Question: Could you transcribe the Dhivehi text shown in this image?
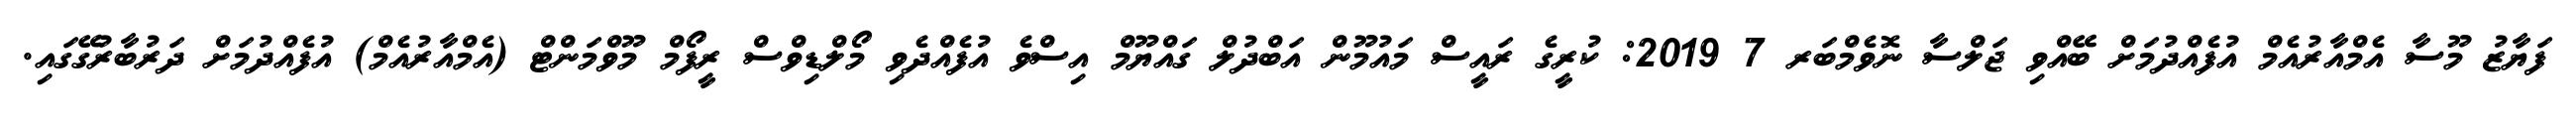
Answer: ފަޔާޒު މޫސާ އެމްއާރުއެމް އުފެއްދުމަށް ބޭއްވި ޖަލްސާ ނޮވެމްބަރ 7 2019: ކުރީގެ ރައީސް މައުމޫން އަބްދުލް ގައްޔޫމް އިސްވެ އުފެއްދެވި މޯލްޑިވްސް ރީފޯމް މޫވްމަންޓް (އެމްއާރުއެމް) އުފެއްދުމަށް ދަރުބާރުގޭގައި.